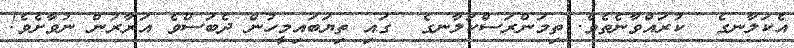
އެކަލާނގެ  ކުރައްވާނެތެވެ. ތިމަންރަސްކަލާނގެ  ގައި ތިޔަބައިމީހުން ދެބަސްވެ އަރާރުން ނުވާށެވެ!